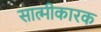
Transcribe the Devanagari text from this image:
सात्मीकारक